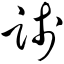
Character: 践